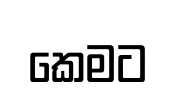
කෙමට